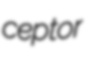
ceptor